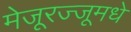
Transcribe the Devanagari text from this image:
मेजूरज्जूमधे